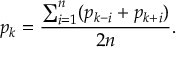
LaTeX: p _ { k } = { \frac { \sum _ { i = 1 } ^ { n } ( { p _ { k - i } + p _ { k + i } ) } } { 2 n } } .